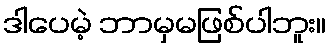
ဒါပေမဲ့ ဘာမှမဖြစ်ပါဘူး။